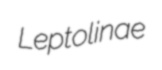
Leptolinae